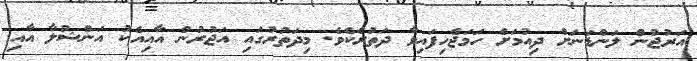
އަރުޖުން ލަންޑަނަށް ދިއުމަށް ހަމަޖެހިފައިވާ ދަތުރެކެވެ. މިދަތުރުގައި އަޖުރުން އާއިއެކު އަންޝުލާ އާއި